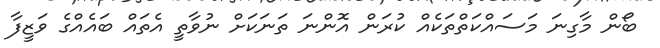
ބޯން މާގިނަ މަސައްކަތްތަކެއް ކުރަން އޮންނަ ތަނަކަށް ނުވާތީ އެތައް ބައެއްގެ ވަޒީފާ